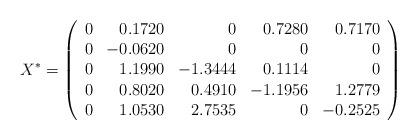
LaTeX: \begin{align*}X^* = \left( \begin{array}{rrrrr} 0 & 0.1720 & 0 & 0.7280 & 0.7170 \\ 0 & -0.0620 & 0 & 0 & 0 \\ 0 & 1.1990 & -1.3444 & 0.1114 & 0 \\ 0 & 0.8020 & 0.4910 & -1.1956 & 1.2779 \\ 0 & 1.0530 & 2.7535 & 0 & -0.2525\end{array} \right)\end{align*}